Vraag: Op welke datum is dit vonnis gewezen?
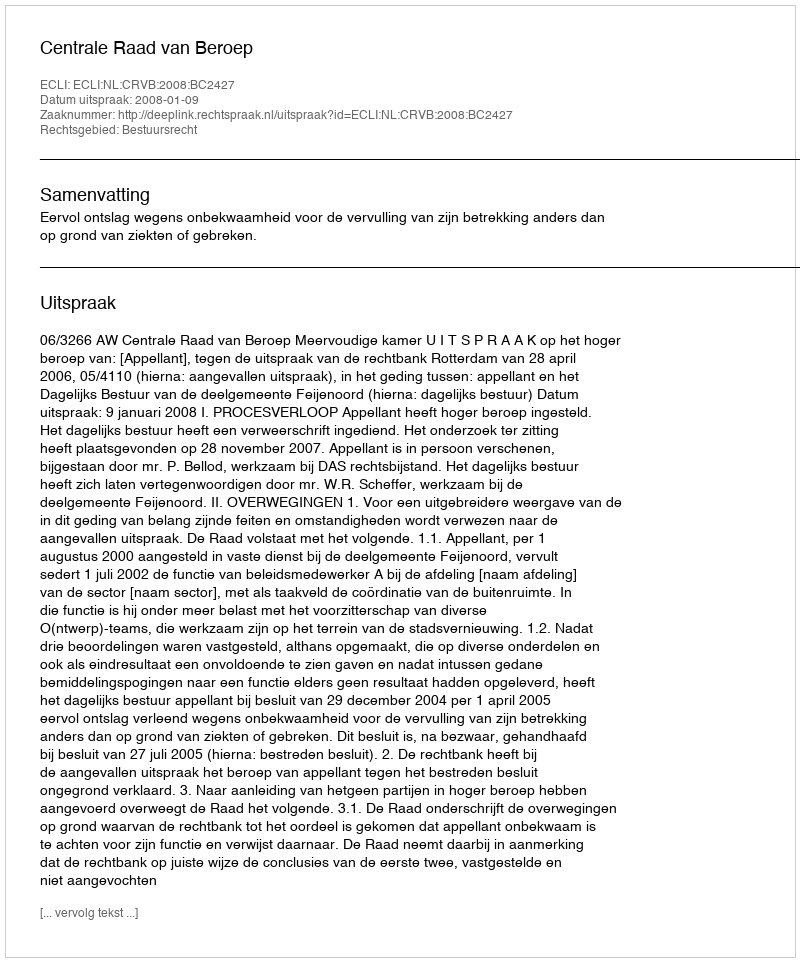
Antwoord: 2008-01-09